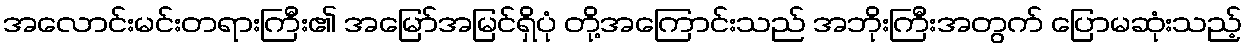
အလောင်းမင်းတရားကြီး၏ အမြော်အမြင်ရှိပုံ တို့အကြောင်းသည် အဘိုးကြီးအတွက် ပြောမဆုံးသည့်